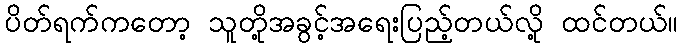
ပိတ်ရက်ကတော့ သူတို့အခွင့်အရေးပြည့်တယ်လို့ ထင်တယ်။